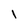
Character: 1